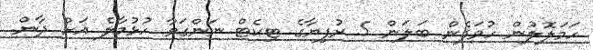
ހަމަލޮލުން ހުވަފެން ބަލަން 5 ރުފިޔާގެ ޓިކެޓް ނަންގަވާ ހުޅުމާލެ އަށް ދާން.